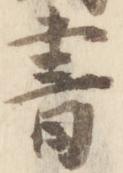
書